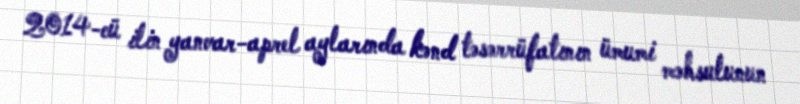
2014-cü ilin yanvar-aprel aylarında kənd təsərrüfatının ümumi məhsulunun